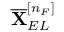
\overline { { \mathbf { X } } } _ { E L } ^ { [ n _ { F } ] }